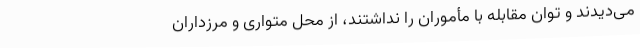
می‌دیدند و توان مقابله با مأموران را نداشتند، از محل متواری و مرزداران